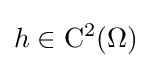
h\in \mathrm {C} ^{2}(\Omega )